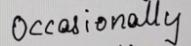
Occasionally